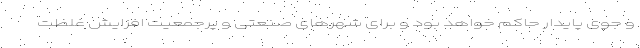
و جوی پایدار حاکم خواهد بود و برای شهرهای صنعتی و پرجمعیت افزایش غلظت